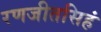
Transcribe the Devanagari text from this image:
रणजीतसिहं